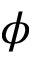
\phi